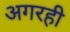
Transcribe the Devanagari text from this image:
अगरही